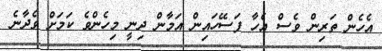
އެހެން ތަރިން ވެސް އެހާ ފަސޭހައިން އަމާން ދިނީ މިހެންވެ ކަމަށް ވެދާނެ